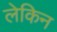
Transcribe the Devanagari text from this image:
लेकिन